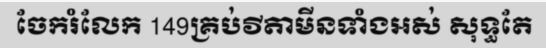
ចែករំលែក 149គ្រប់វីតាមីនទាំងអស់ សុទ្ធតែ